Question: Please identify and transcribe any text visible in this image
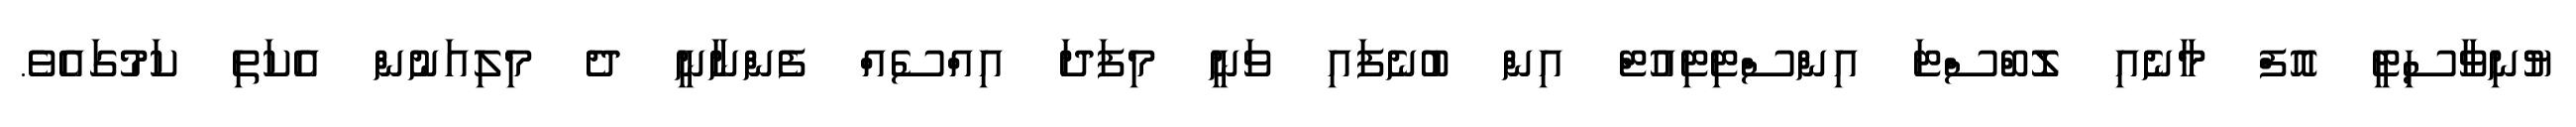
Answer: ޔުނިވާސިޓީ އޮފް މާނެއި ލޮބްސްޓަ އިންސްޓިޓިއުޓް އިން ބުނެފައި ވަނީ މިފަދަ އިއްސެއް ފެންނާނީ ދެ މިލިއަނުން އެކަތި ކަމުގައެވެ.